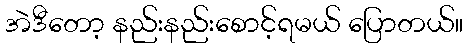
အဲဒီတော့ နည်းနည်းစောင့်ရမယ် ပြောတယ်။